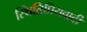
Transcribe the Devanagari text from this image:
स्थितिप्रियवादी